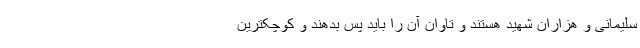
سلیمانی و هزاران شهید هستند و تاوان آن را باید پس بدهند و کوچکترین